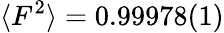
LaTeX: \langle F^{2}\rangle=0.99978(1)